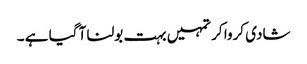
شادی کروا کر تمہیں بہت بولنا آ گیا ہے ۔